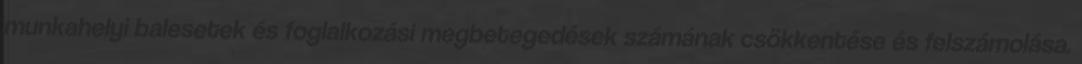
munkahelyi balesetek és foglalkozási megbetegedések számának csökkentése és felszámolása.